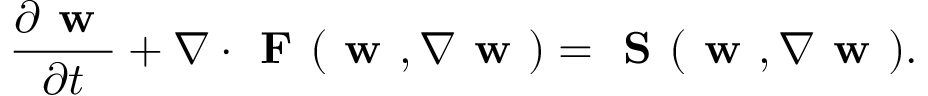
\frac { \partial { \textbf { w } } } { \partial { t } } + \nabla \cdot \textbf { F } ( \textbf { w } , \nabla \textbf { w } ) = \textbf { S } ( \textbf { w } , \nabla \textbf { w } ) .